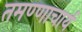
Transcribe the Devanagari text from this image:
तमण्णाचार्य